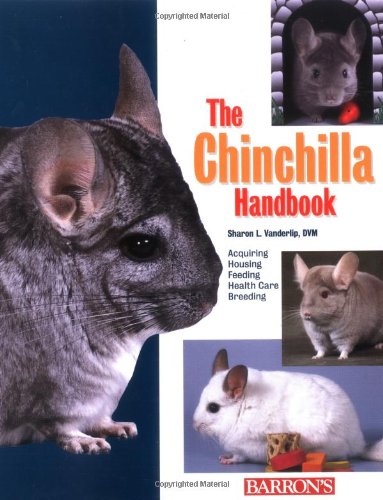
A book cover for The Chinchilla Handbook (Barron's Pet Handbooks); Sharon L. Vanderlip DVM; Crafts, Hobbies & Home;